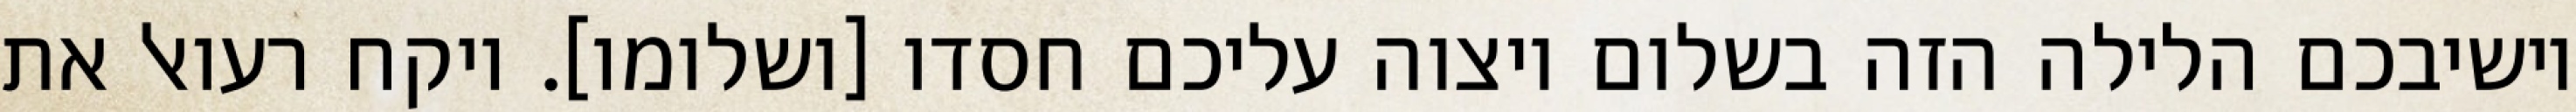
יושיבכם הלילה הזה בשלום ויצוה עליכם חסדו [ושלומו]. ויקח רעואל את